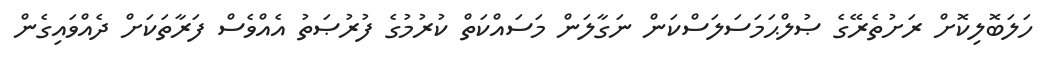
ހަލަބޮލިކޮށް ރަށުތެރޭގެ ޞުލްޙަމަސަލަސްކަން ނަގާލަން މަސައްކަތް ކުރުމުގެ ފުރުޞަތު އެއްވެސް ފަރާތަކަށް ދެއްވައިގެން